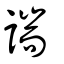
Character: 諯